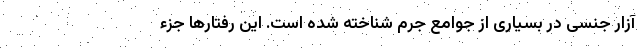
آزار جنسی در بسیاری از جوامع جرم شناخته شده است. این رفتارها جزء